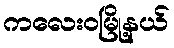
ကလေးဝမြို့နယ်